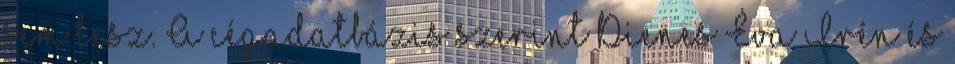
sem lesz. A cégadatbázis szerint Dienes Éva Irén és